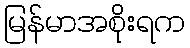
မြန်မာအစိုးရက